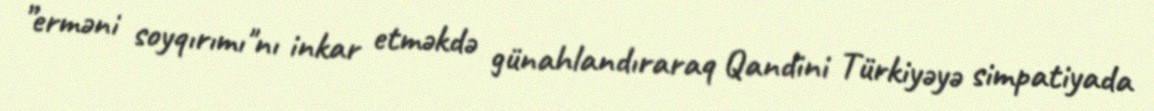
”erməni soyqırımı"nı inkar etməkdə günahlandıraraq Qandini Türkiyəyə simpatiyada